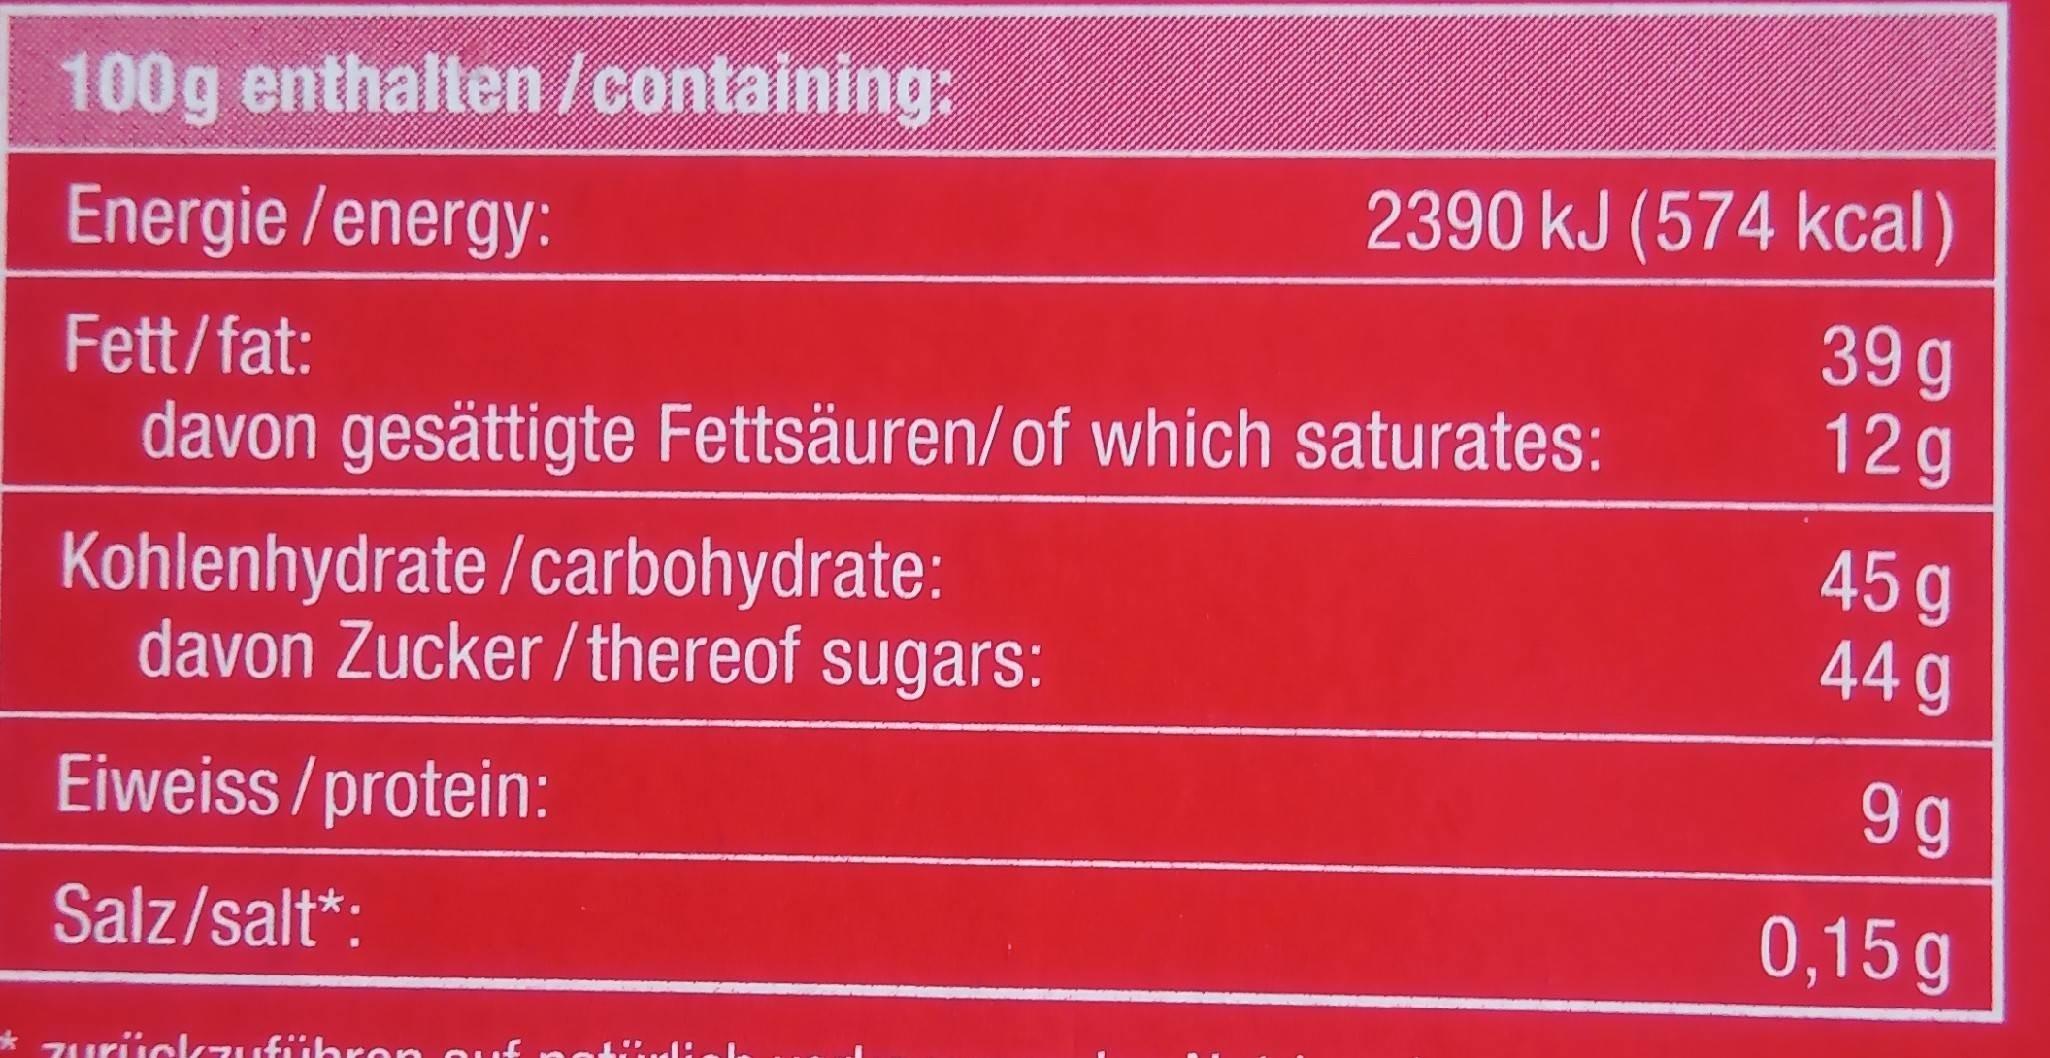
100g enthalten /containing:
2390 kJ (574 kcal)
Energie /energy:
39g 12g
Fett/fat:
davon gesättigte Fettsäuren/of which saturates:
Kohlenhydrate /carbohydrate: davon Zucker /thereof sugars:
45g 44 g
9 g
Eiweiss/protein:
0,15 g
Salz/salt*:
* zurüclkzuführon ouf